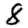
Digit: 8